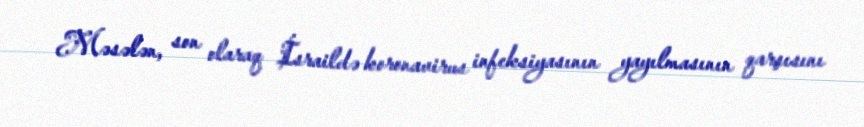
Məsələn, son olaraq İsraildə koronavirus infeksiyasının yayılmasının qarşısını